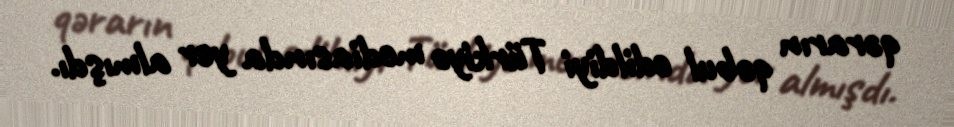
qərarın qəbul edildiyi Türkiyə mediasında yer almışdı.